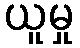
ယူမှု